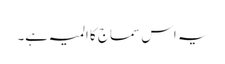
یہ اس سماج کا المیہ ہے۔